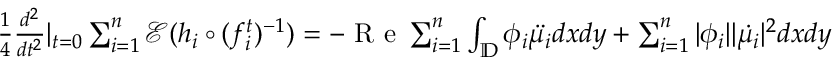
\begin{array} { r } { \frac { 1 } { 4 } \frac { d ^ { 2 } } { d t ^ { 2 } } | _ { t = 0 } \sum _ { i = 1 } ^ { n } \mathcal { E } ( h _ { i } \circ ( f _ { i } ^ { t } ) ^ { - 1 } ) = - \textrm { R e } \sum _ { i = 1 } ^ { n } \int _ { \mathbb { D } } \phi _ { i } \ddot { \mu _ { i } } d x d y + \sum _ { i = 1 } ^ { n } | \phi _ { i } | | \dot { \mu _ { i } } | ^ { 2 } d x d y } \end{array}